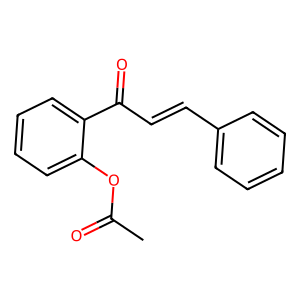
SMILES: CC(=O)Oc1ccccc1C(=O)C=Cc1ccccc1
Inhibits HIV replication: No